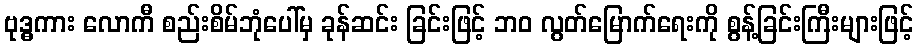
ဗုဒ္ဓကား လောကီ စည်းစိမ်ဘုံပေါ်မှ ခုန်ဆင်း ခြင်းဖြင့် ဘဝ လွတ်မြောက်ရေးကို စွန့်ခြင်းကြီးများဖြင့်